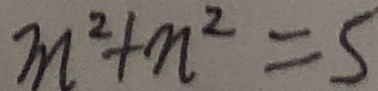
m ^ { 2 } + n ^ { 2 } = 5